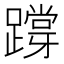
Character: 𨅝